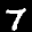
Label: 7